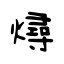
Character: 燖